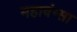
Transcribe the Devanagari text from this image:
महावंग्सा